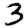
Digit: 3